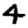
Digit: 4